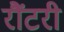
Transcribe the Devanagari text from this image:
रौंटरी